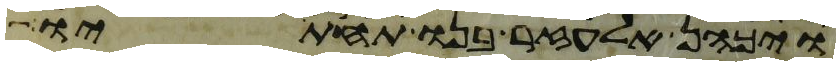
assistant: ויכהן אלעזר בנו תחתיו